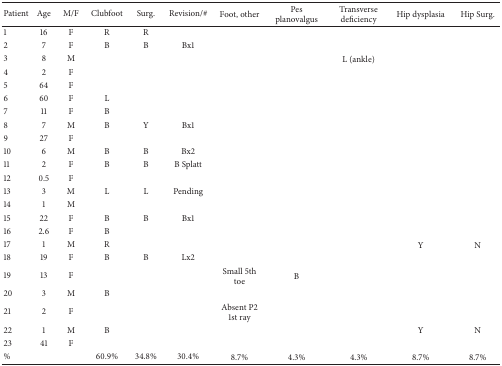
<table><thead><tr><td><b>Patient</b></td><td><b>Age</b></td><td><b>M/F</b></td><td><b>Clubfoot</b></td><td><b>Surg.</b></td><td><b>Revision/#</b></td><td><b>Foot, other</b></td><td><b>Pes planovalgus</b></td><td><b>Transverse deficiency</b></td><td><b>Hip dysplasia</b></td><td><b>Hip Surg.</b></td></tr></thead><tbody><tr><td>1</td><td>16</td><td>F</td><td>R</td><td>R</td><td> </td><td> </td><td> </td><td> </td><td> </td><td> </td></tr><tr><td>2</td><td>7</td><td>F</td><td>B</td><td>B</td><td>Bx1</td><td> </td><td> </td><td> </td><td> </td><td> </td></tr><tr><td>3</td><td>8</td><td>M</td><td> </td><td> </td><td> </td><td> </td><td> </td><td>L (ankle)</td><td> </td><td> </td></tr><tr><td>4</td><td>2</td><td>F</td><td> </td><td> </td><td> </td><td> </td><td> </td><td> </td><td> </td><td> </td></tr><tr><td>5</td><td>64</td><td>F</td><td> </td><td> </td><td> </td><td> </td><td> </td><td> </td><td> </td><td> </td></tr><tr><td>6</td><td>60</td><td>F</td><td>L</td><td> </td><td> </td><td> </td><td> </td><td> </td><td> </td><td> </td></tr><tr><td>7</td><td>11</td><td>F</td><td>B</td><td> </td><td> </td><td> </td><td> </td><td> </td><td> </td><td> </td></tr><tr><td>8</td><td>7</td><td>M</td><td>B</td><td>Y</td><td>Bx1</td><td> </td><td> </td><td> </td><td> </td><td> </td></tr><tr><td>9</td><td>27</td><td>F</td><td> </td><td> </td><td> </td><td> </td><td> </td><td> </td><td> </td><td> </td></tr><tr><td>10</td><td>6</td><td>M</td><td>B</td><td>B</td><td>Bx2</td><td> </td><td> </td><td> </td><td> </td><td> </td></tr><tr><td>11</td><td>2</td><td>F</td><td>B</td><td>B</td><td>B Splatt</td><td> </td><td> </td><td> </td><td> </td><td> </td></tr><tr><td>12</td><td>0.5</td><td>F</td><td> </td><td> </td><td> </td><td> </td><td> </td><td> </td><td> </td><td> </td></tr><tr><td>13</td><td>3</td><td>M</td><td>L</td><td>L</td><td>Pending</td><td> </td><td> </td><td> </td><td> </td><td> </td></tr><tr><td>14</td><td>1</td><td>M</td><td> </td><td> </td><td> </td><td> </td><td> </td><td> </td><td> </td><td> </td></tr><tr><td>15</td><td>22</td><td>F</td><td>B</td><td>B</td><td>Bx1</td><td> </td><td> </td><td> </td><td> </td><td> </td></tr><tr><td>16</td><td>2.6</td><td>F</td><td>B</td><td> </td><td> </td><td> </td><td> </td><td> </td><td> </td><td> </td></tr><tr><td>17</td><td>1</td><td>M</td><td>R</td><td> </td><td> </td><td> </td><td> </td><td> </td><td>Y</td><td>N</td></tr><tr><td>18</td><td>19</td><td>F</td><td>B</td><td>B</td><td>Lx2</td><td> </td><td> </td><td> </td><td> </td><td> </td></tr><tr><td>19</td><td>13</td><td>F</td><td> </td><td> </td><td> </td><td>Small 5th toe</td><td>B</td><td> </td><td> </td><td> </td></tr><tr><td>20</td><td>3</td><td>M</td><td>B</td><td> </td><td> </td><td> </td><td> </td><td> </td><td> </td><td> </td></tr><tr><td>21</td><td>2</td><td>F</td><td> </td><td> </td><td> </td><td>Absent P2 1st ray</td><td> </td><td> </td><td> </td><td> </td></tr><tr><td>22</td><td>1</td><td>M</td><td>B</td><td> </td><td> </td><td> </td><td> </td><td> </td><td>Y</td><td>N</td></tr><tr><td>23</td><td>41</td><td>F</td><td> </td><td> </td><td> </td><td> </td><td> </td><td> </td><td> </td><td> </td></tr><tr><td>%</td><td> </td><td> </td><td>60.9%</td><td>34.8%</td><td>30.4%</td><td>8.7%</td><td>4.3%</td><td>4.3%</td><td>8.7%</td><td>8.7%</td></tr></tbody></table>